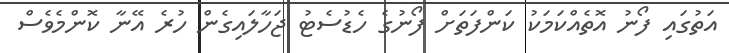
އަތުގައި ފޯނު އޮތެއްކަމަކު ކަންފަތަށް ފޯނުގެ ހެޑުސެޓު ޖަހާލައިގެން ހުރެ އޭނާ ކޮންމެވެސް